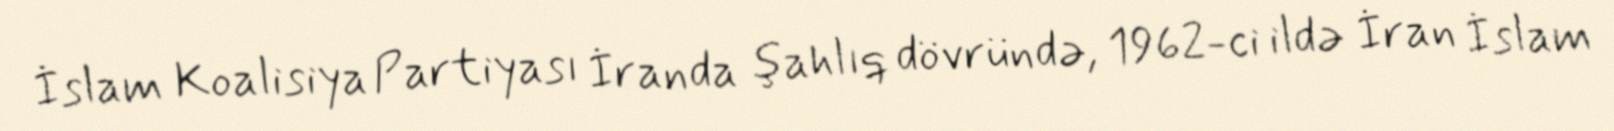
İslam Koalisiya Partiyası İranda şahlıq dövründə, 1962-ci ildə İran İslam